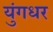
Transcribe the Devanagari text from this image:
युंगधर